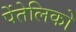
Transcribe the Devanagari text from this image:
पेंतेलिको